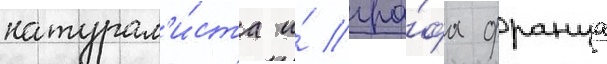
натурал'и́ста и́ гра́фа франца